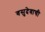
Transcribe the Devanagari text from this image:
वसुदेवाची